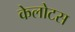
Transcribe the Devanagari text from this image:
केलोटस